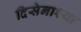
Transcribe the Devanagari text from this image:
दिसेनाश्या